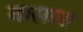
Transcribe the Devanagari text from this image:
नासावा